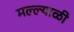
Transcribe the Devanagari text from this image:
मल्ल्याळी